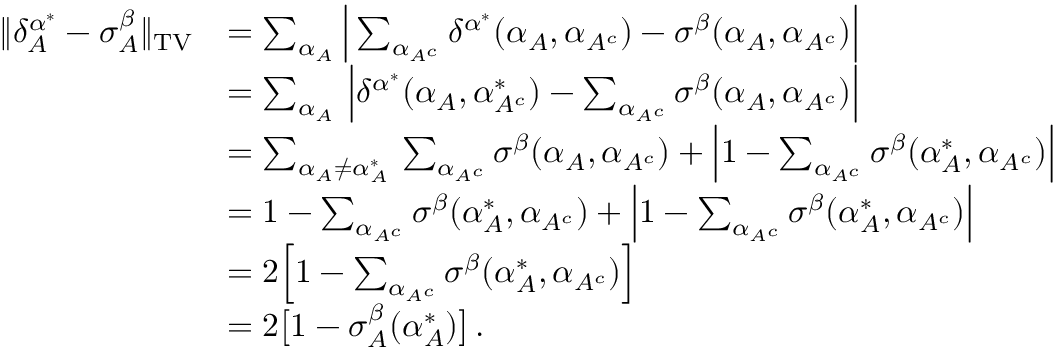
\begin{array} { r l } { \| \delta _ { A } ^ { \alpha ^ { * } } - \sigma _ { A } ^ { \beta } \| _ { \operatorname { T V } } } & { = \sum _ { \alpha _ { A } } \Big | \sum _ { \alpha _ { A ^ { c } } } \delta ^ { \alpha ^ { * } } ( \alpha _ { A } , \alpha _ { A ^ { c } } ) - \sigma ^ { \beta } ( \alpha _ { A } , \alpha _ { A ^ { c } } ) \Big | } \\ & { = \sum _ { \alpha _ { A } } \, \Big | \delta ^ { \alpha ^ { * } } ( \alpha _ { A } , \alpha _ { A ^ { c } } ^ { * } ) - \sum _ { \alpha _ { A ^ { c } } } \sigma ^ { \beta } ( \alpha _ { A } , \alpha _ { A ^ { c } } ) \Big | } \\ & { = \sum _ { \alpha _ { A } \ne \alpha _ { A } ^ { * } } \, \sum _ { \alpha _ { A ^ { c } } } \sigma ^ { \beta } ( \alpha _ { A } , \alpha _ { A ^ { c } } ) + \Big | 1 - \sum _ { \alpha _ { A ^ { c } } } \sigma ^ { \beta } ( \alpha _ { A } ^ { * } , \alpha _ { A ^ { c } } ) \Big | } \\ & { = 1 - \sum _ { \alpha _ { A ^ { c } } } \sigma ^ { \beta } ( \alpha _ { A } ^ { * } , \alpha _ { A ^ { c } } ) + \Big | 1 - \sum _ { \alpha _ { A ^ { c } } } \sigma ^ { \beta } ( \alpha _ { A } ^ { * } , \alpha _ { A ^ { c } } ) \Big | } \\ & { = 2 \Big [ 1 - \sum _ { \alpha _ { A ^ { c } } } \sigma ^ { \beta } ( \alpha _ { A } ^ { * } , \alpha _ { A ^ { c } } ) \Big ] } \\ & { = 2 \big [ 1 - \sigma _ { A } ^ { \beta } ( \alpha _ { A } ^ { * } ) \big ] \, . } \end{array}